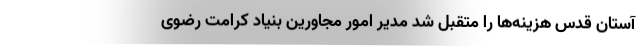
آستان قدس هزینه‌ها را متقبل شد مدیر امور مجاورین بنیاد کرامت رضوی